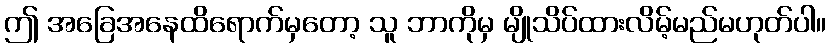
ဤ အခြေအနေထိရောက်မှတော့ သူ ဘာကိုမှ မျိုသိပ်ထားလိမ့်မည်မဟုတ်ပါ။